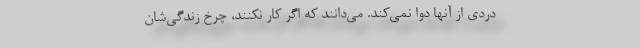
دردی از آنها دوا نمی‌کند. می‌دانند که اگر کار نکنند، چرخ زندگی‌شان